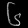
Digit: ၆